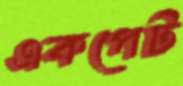
একপেট